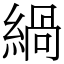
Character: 緺